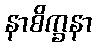
နာစိက္ခနာ